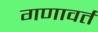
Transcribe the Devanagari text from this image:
गणावर्त